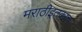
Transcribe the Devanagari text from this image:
मराठीइतकाच